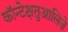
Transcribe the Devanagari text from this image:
कॉन्टेक्षतुआलिज़े